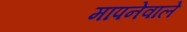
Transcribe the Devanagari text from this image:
मापनेवाले